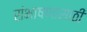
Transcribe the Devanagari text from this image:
संभाषणासाठी